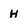
Character: H